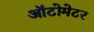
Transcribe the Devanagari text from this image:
ऑटोमेटर